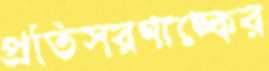
প্রতিসরণাঙ্কের